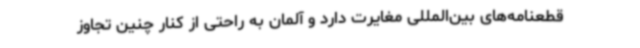
قطعنامه‌های بین‌المللی مغایرت دارد و آلمان به راحتی از کنار چنین تجاوز